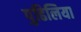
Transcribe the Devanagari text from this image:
पुढिलिया